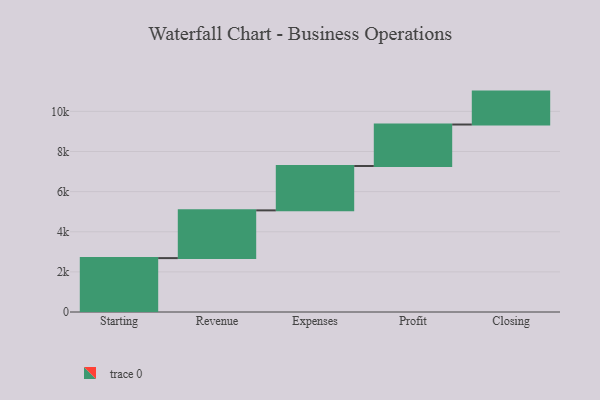
{"axis": {"x": "Step", "y": "Value"}, "legend": [""], "data": [{"x": "Starting", "y": 2686.0, "type": ""}, {"x": "Revenue", "y": 2380.0, "type": ""}, {"x": "Expenses", "y": 2212.0, "type": ""}, {"x": "Profit", "y": 2067.0, "type": ""}, {"x": "Closing", "y": 1641.0, "type": ""}]}